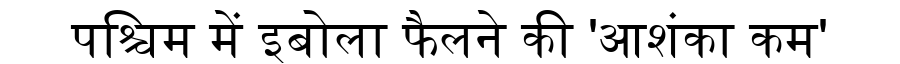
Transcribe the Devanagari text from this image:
पश्चिम में इबोला फैलने की 'आशंका कम'